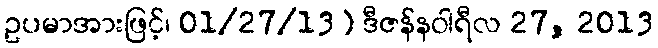
ဥပမာအားဖြင့်၊ 01/27/13) ဒီဇန်နဝါရီလ 27, 2013